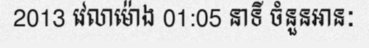
2013 វេលាម៉ោង 01:05 នាទី ចំនួនអានៈ